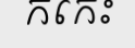
កកេះ